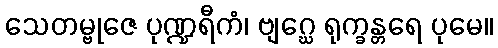
သေတမ္ဗုဇေ ပုဏ္ဍရီကံ၊ ဗျဂ္ဃေ ရုက္ခန္တရေ ပုမေ။